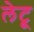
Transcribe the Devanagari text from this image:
लेटू